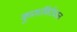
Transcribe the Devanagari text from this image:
कुप्रथांविरोधात